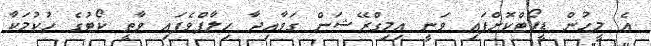
އެ މީހުން ޑީޕޯޓްކޮށްފައި ވަނީ އިމިގްރޭޝަން ގަވާއިދާ ހިލާފްވެފައި ވާތީ ކޯޓުގެ ހުކުމަކާ